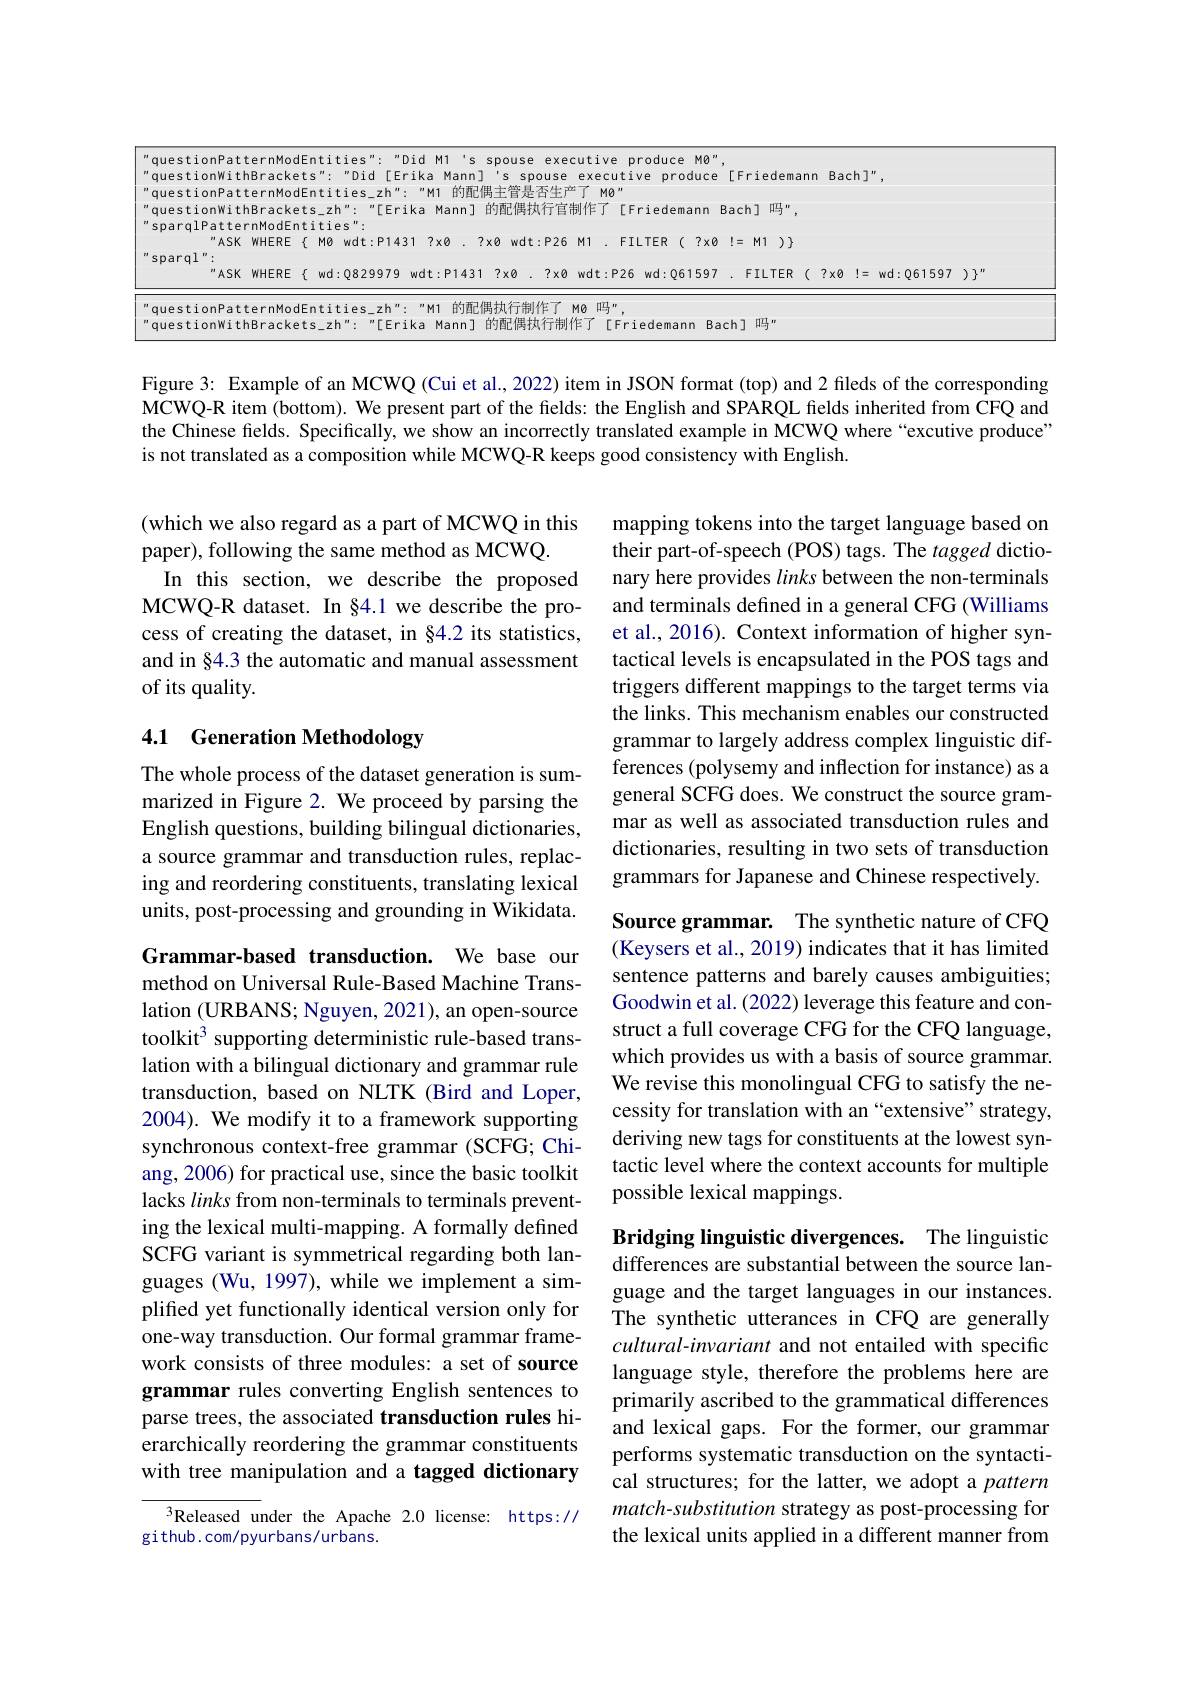
<table>
	<tbody>
		<tr>
			<td>emann F 1 1 1 L</td>
			<td>17</td>
			<td> </td>
			<td> </td>
		</tr>
		<tr>
			<td> </td>
			<td> </td>
			<td> </td>
			<td> </td>
		</tr>
		<tr>
			<td>$.1r$ 1</td>
			<td> </td>
			<td> </td>
			<td> </td>
		</tr>
		<tr>
			<td> </td>
			<td> </td>
			<td> </td>
			<td> </td>
		</tr>
		<tr>
			<td> </td>
			<td> </td>
			<td> </td>
			<td> </td>
		</tr>
		<tr>
			<td>$)\}$</td>
			<td> </td>
			<td> </td>
			<td> </td>
		</tr>
		<tr>
			<td> </td>
			<td> </td>
			<td> </td>
			<td> </td>
		</tr>
		<tr>
			<td>$\equiv\mathbb{R}$ ( $7x$</td>
			<td>$wd:Q6159$</td>
			<td>$)\}^{\prime\prime}$ 7</td>
			<td>$)\}^{\prime\prime}$</td>
		</tr>
		<tr>
			<td> </td>
			<td> </td>
			<td> </td>
			<td> </td>
		</tr>
		<tr>
			<td> </td>
			<td> </td>
			<td> </td>
			<td> </td>
		</tr>
	</tbody>
</table>

Figure 3: Example of an MCWQ (Cui et al., 2022) item in JSON format (top) and 2 fileds of the corresponding MCWQ-R item (bottom). We present part of the fields: the English and SPARQL fields inherited from CFQ and the Chinese fields. Specifically, we show an incorrectly translated example in MCWQ where “excutive produce" is not translated as a composition while MCWQ-R keeps good consistency with English.

(which we also regard as a part of MCWQ in this
paper), following the same method as MCWQ
In this section, we describe the proposed MCWQ-R dataset. In §4.1 we describe the process of creating the dataset, in §4.2 its statistics, and in §4.3 the automatic and manual assessment of its quality.

mapping tokens into the target language based on their part-of-speech (POS) tags. The tagged dictionary here provides links between the non-terminals and terminals defined in a general CFG (Williams et al., 2016). Context information of higher syntactical levels is encapsulated in the POS tags and triggers different mappings to the target terms via the links. This mechanism enables our constructed grammar to largely address complex linguistic differences (polysemy and inflection for instance) as a general SCFG does. We construct the source grammar as well as associated transduction rules and dictionaries, resulting in two sets of transduction grammars for Japanese and Chinese respectively.

# 4.1 Generation Methodology

The whole process of the dataset generation is summarized in Figure 2. We proceed by parsing the English questions, building bilingual dictionaries, a source grammar and transduction rules, replacing and reordering constituents, translating lexical units, post-processing and grounding in Wikidata.

Source grammar. The synthetic nature of CFQ (Keysers et al., 2019) indicates that it has limited sentence patterns and barely causes ambiguities; Goodwin et al. (2022) leverage this feature and construct a full coverage CFG for the CFQ language, which provides us with a basis of source grammar. We revise this monolingual CFG to satisfy the necessity for translation with an “extensive”strategy, deriving new tags for constituents at the lowest syntactic level where the context accounts for multiple possible lexical mappings.

Grammar-based transduction. We base our method on Universal Rule-Based Machine Translation (URBANS; Nguyen, 2021), an open-source toolkit$^3$ supporting deterministic rule-based translation with a bilingual dictionary and grammar rule transduction, based on NLTK (Bird and Loper, 2004). We modify it to a framework supporting synchronous context-free grammar (SCFG; Chiang, 2006) for practical use, since the basic toolkit lacks links from non-terminals to terminals preventing the lexical multi-mapping. A formally defined SCFG variant is symmetrical regarding both languages (Wu, 1997), while we implement a simplified yet functionally identical version only for one-way transduction. Our formal grammar framework consists of three modules: a set of source grammar rules converting English sentences to parse trees, the associated transduction rules hierarchically reordering the grammar constituents with tree manipulation and a tagged dictionary

Bridging linguistic divergences. The linguistic differences are substantial between the source language and the target languages in our instances. The synthetic utterances in CFQ are generally cultural-invariant and not entailed with specific language style, therefore the problems here are primarily ascribed to the grammatical differences and lexical gaps. For the former, our grammar performs systematic transduction on the syntactical structures; for the latter, we adopt a pattern match-substitution strategy as post-processing for the lexical units applied in a different manner from

${^{3}\text{Released under the Apache 2.0 license: https://}}$
github.com/pyurbans/urbans.